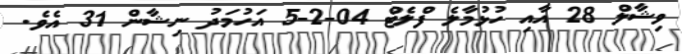
ވިޝާލް 28 އާއި ހުޅުމާލެ ފްލެޓް 04-2-5 އަހުމަދު ނިޝާން 31 އެވެ.